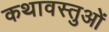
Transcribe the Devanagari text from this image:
कथावस्तुओं